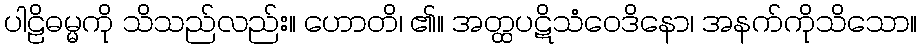
ပါဠိဓမ္မကို သိသည်လည်း။ ဟောတိ၊ ၏။ အတ္ထပဋိသံဝေဒိနော၊ အနက်ကိုသိသော။